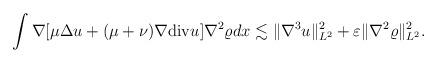
LaTeX: \begin{align*}\begin{aligned}\int \nabla[\mu \Delta u+(\mu+\nu)\nabla {\rm div}u]\nabla^2 \varrho dx\lesssim \|\nabla^3 u\|_{L^2}^2+\varepsilon\|\nabla^2 \varrho\|_{L^2}^2.\end{aligned}\end{align*}